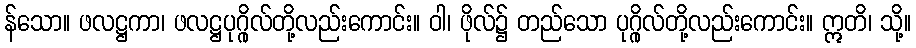
န်သော။ ဖလဋ္ဌကာ၊ ဖလဋ္ဌပုဂ္ဂိုလ်တို့လည်းကောင်း။ ဝါ၊ ဖိုလ်၌ တည်သော ပုဂ္ဂိုလ်တို့လည်းကောင်း။ ဣတိ၊ သို့။